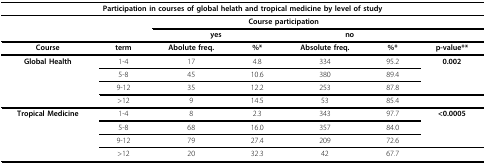
<table><thead><tr><td colspan="7"><b>Participation in courses of global helath and tropical medicine by level of study</b></td></tr></thead><tbody><tr><td></td><td></td><td colspan="4"><b>Course participation</b></td><td></td></tr><tr><td></td><td></td><td colspan="2"><b>yes</b></td><td colspan="2"><b>no</b></td><td></td></tr><tr><td><b>Course</b></td><td><b>term</b></td><td><b>Abolute freq.</b></td><td><b>%*</b></td><td><b>Absolute freq.</b></td><td><b>%*</b></td><td><b>p-value**</b></td></tr><tr><td><b>Global Health</b></td><td>1-4</td><td>17</td><td>4.8</td><td>334</td><td>95.2</td><td><b>0.002</b></td></tr><tr><td></td><td>5-8</td><td>45</td><td>10.6</td><td>380</td><td>89.4</td><td></td></tr><tr><td></td><td>9-12</td><td>35</td><td>12.2</td><td>253</td><td>87.8</td><td></td></tr><tr><td></td><td>&gt; 12</td><td>9</td><td>14.5</td><td>53</td><td>85.4</td><td></td></tr><tr><td><b>Tropical Medicine</b></td><td>1-4</td><td>8</td><td>2.3</td><td>343</td><td>97.7</td><td><b>&lt; 0.0005</b></td></tr><tr><td></td><td>5-8</td><td>68</td><td>16.0</td><td>357</td><td>84.0</td><td></td></tr><tr><td></td><td>9-12</td><td>79</td><td>27.4</td><td>209</td><td>72.6</td><td></td></tr><tr><td></td><td>&gt; 12</td><td>20</td><td>32.3</td><td>42</td><td>67.7</td><td></td></tr></tbody></table>